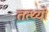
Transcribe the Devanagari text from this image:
तत्थ्यो